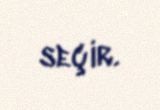
seçir.